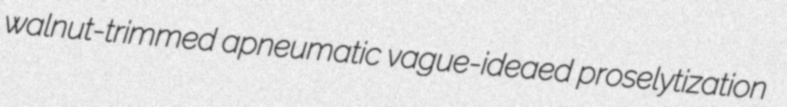
walnut-trimmed apneumatic vague-ideaed proselytization